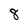
Character: 8